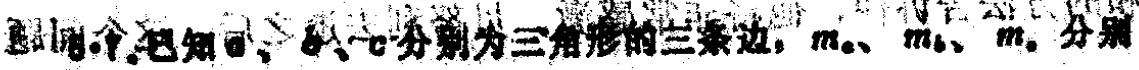
题目内容显示不全，仅识别出部分为：已知\(a\)、\(b\)、\(c\)分别为三角形的三条边，\(m_{a}\)、\(m_{b}\)、\(m_{c}\)分别